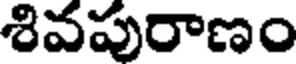
శివపురాణం